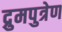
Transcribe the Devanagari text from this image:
द्रुमपुत्रेण